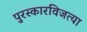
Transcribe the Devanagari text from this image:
पुरस्कारविजत्या